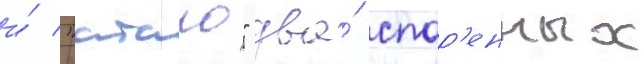
и́ "атаго" два́ спар'енных